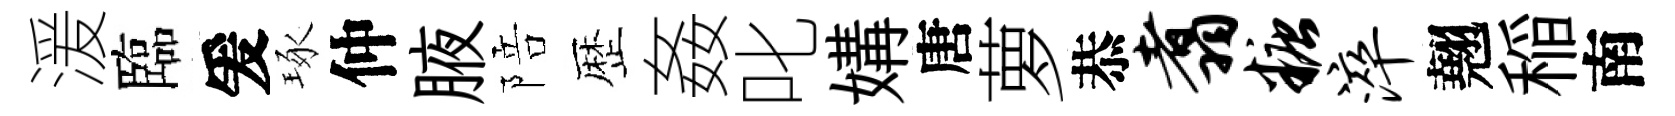
湲臨爰琢仲腋陪歴姦叱媾唐萝恭翥糖淬翹稲南